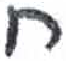
אות: ח